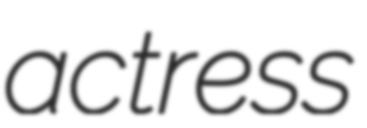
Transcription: actress